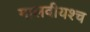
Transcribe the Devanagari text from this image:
मालवीयश्च